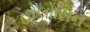
હોલોસિન